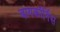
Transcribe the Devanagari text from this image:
बायकॉर्निस